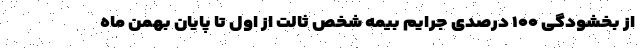
از بخشودگی ۱۰۰ درصدی جرایم بیمه شخص ثالت از اول تا پایان بهمن ماه